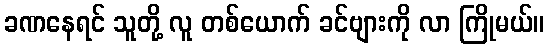
ခဏနေရင် သူတို့ လူ တစ်ယောက် ခင်ဗျားကို လာ ကြိုမယ်။